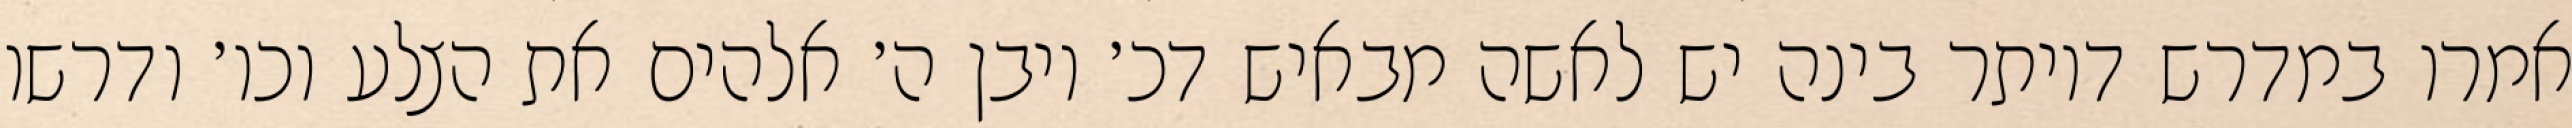
אמרו במדרש דיותר בינה יש לאשה מבאיש דכ׳ ויבן ה׳ אלהים את הצלע וכו׳ ודרשו